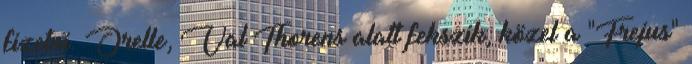
fizetni. Orelle, Val Thorens alatt fekszik, közel a "Frejus"